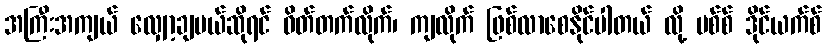
အကြီးအကျယ် လျှော့ချမယ်ဆိုရင် ဝိတ်တက်လိုက်၊ ကျလိုက် ဖြစ်လာစေနိုင်ပါတယ် လို့ မစ်စ် ဒိုင်ယက်စ်